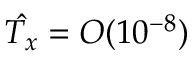
\hat { T _ { x } } = O ( 1 0 ^ { - 8 } )